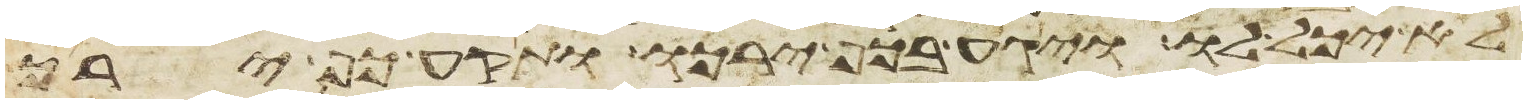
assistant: לא יכל לו ויגע בכף ירכו ותקע כף ירך